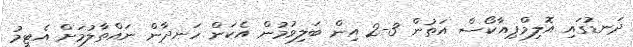
ދަނޑުގައި އޮލިމްޕިއާކޯސް އަތުން 3-2 އިން ބަލިވުމުން އެކަން ހަނދާން ނައްތާލުމަށް އެޓީމު